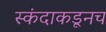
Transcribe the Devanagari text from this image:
स्कंदाकडूनच